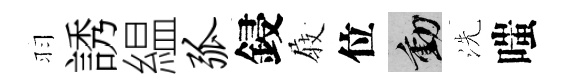
羽誘緼弧鋟𡲆位動洗嗤